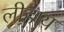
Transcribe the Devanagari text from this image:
लीहाय